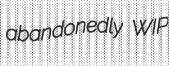
abandonedly WIP